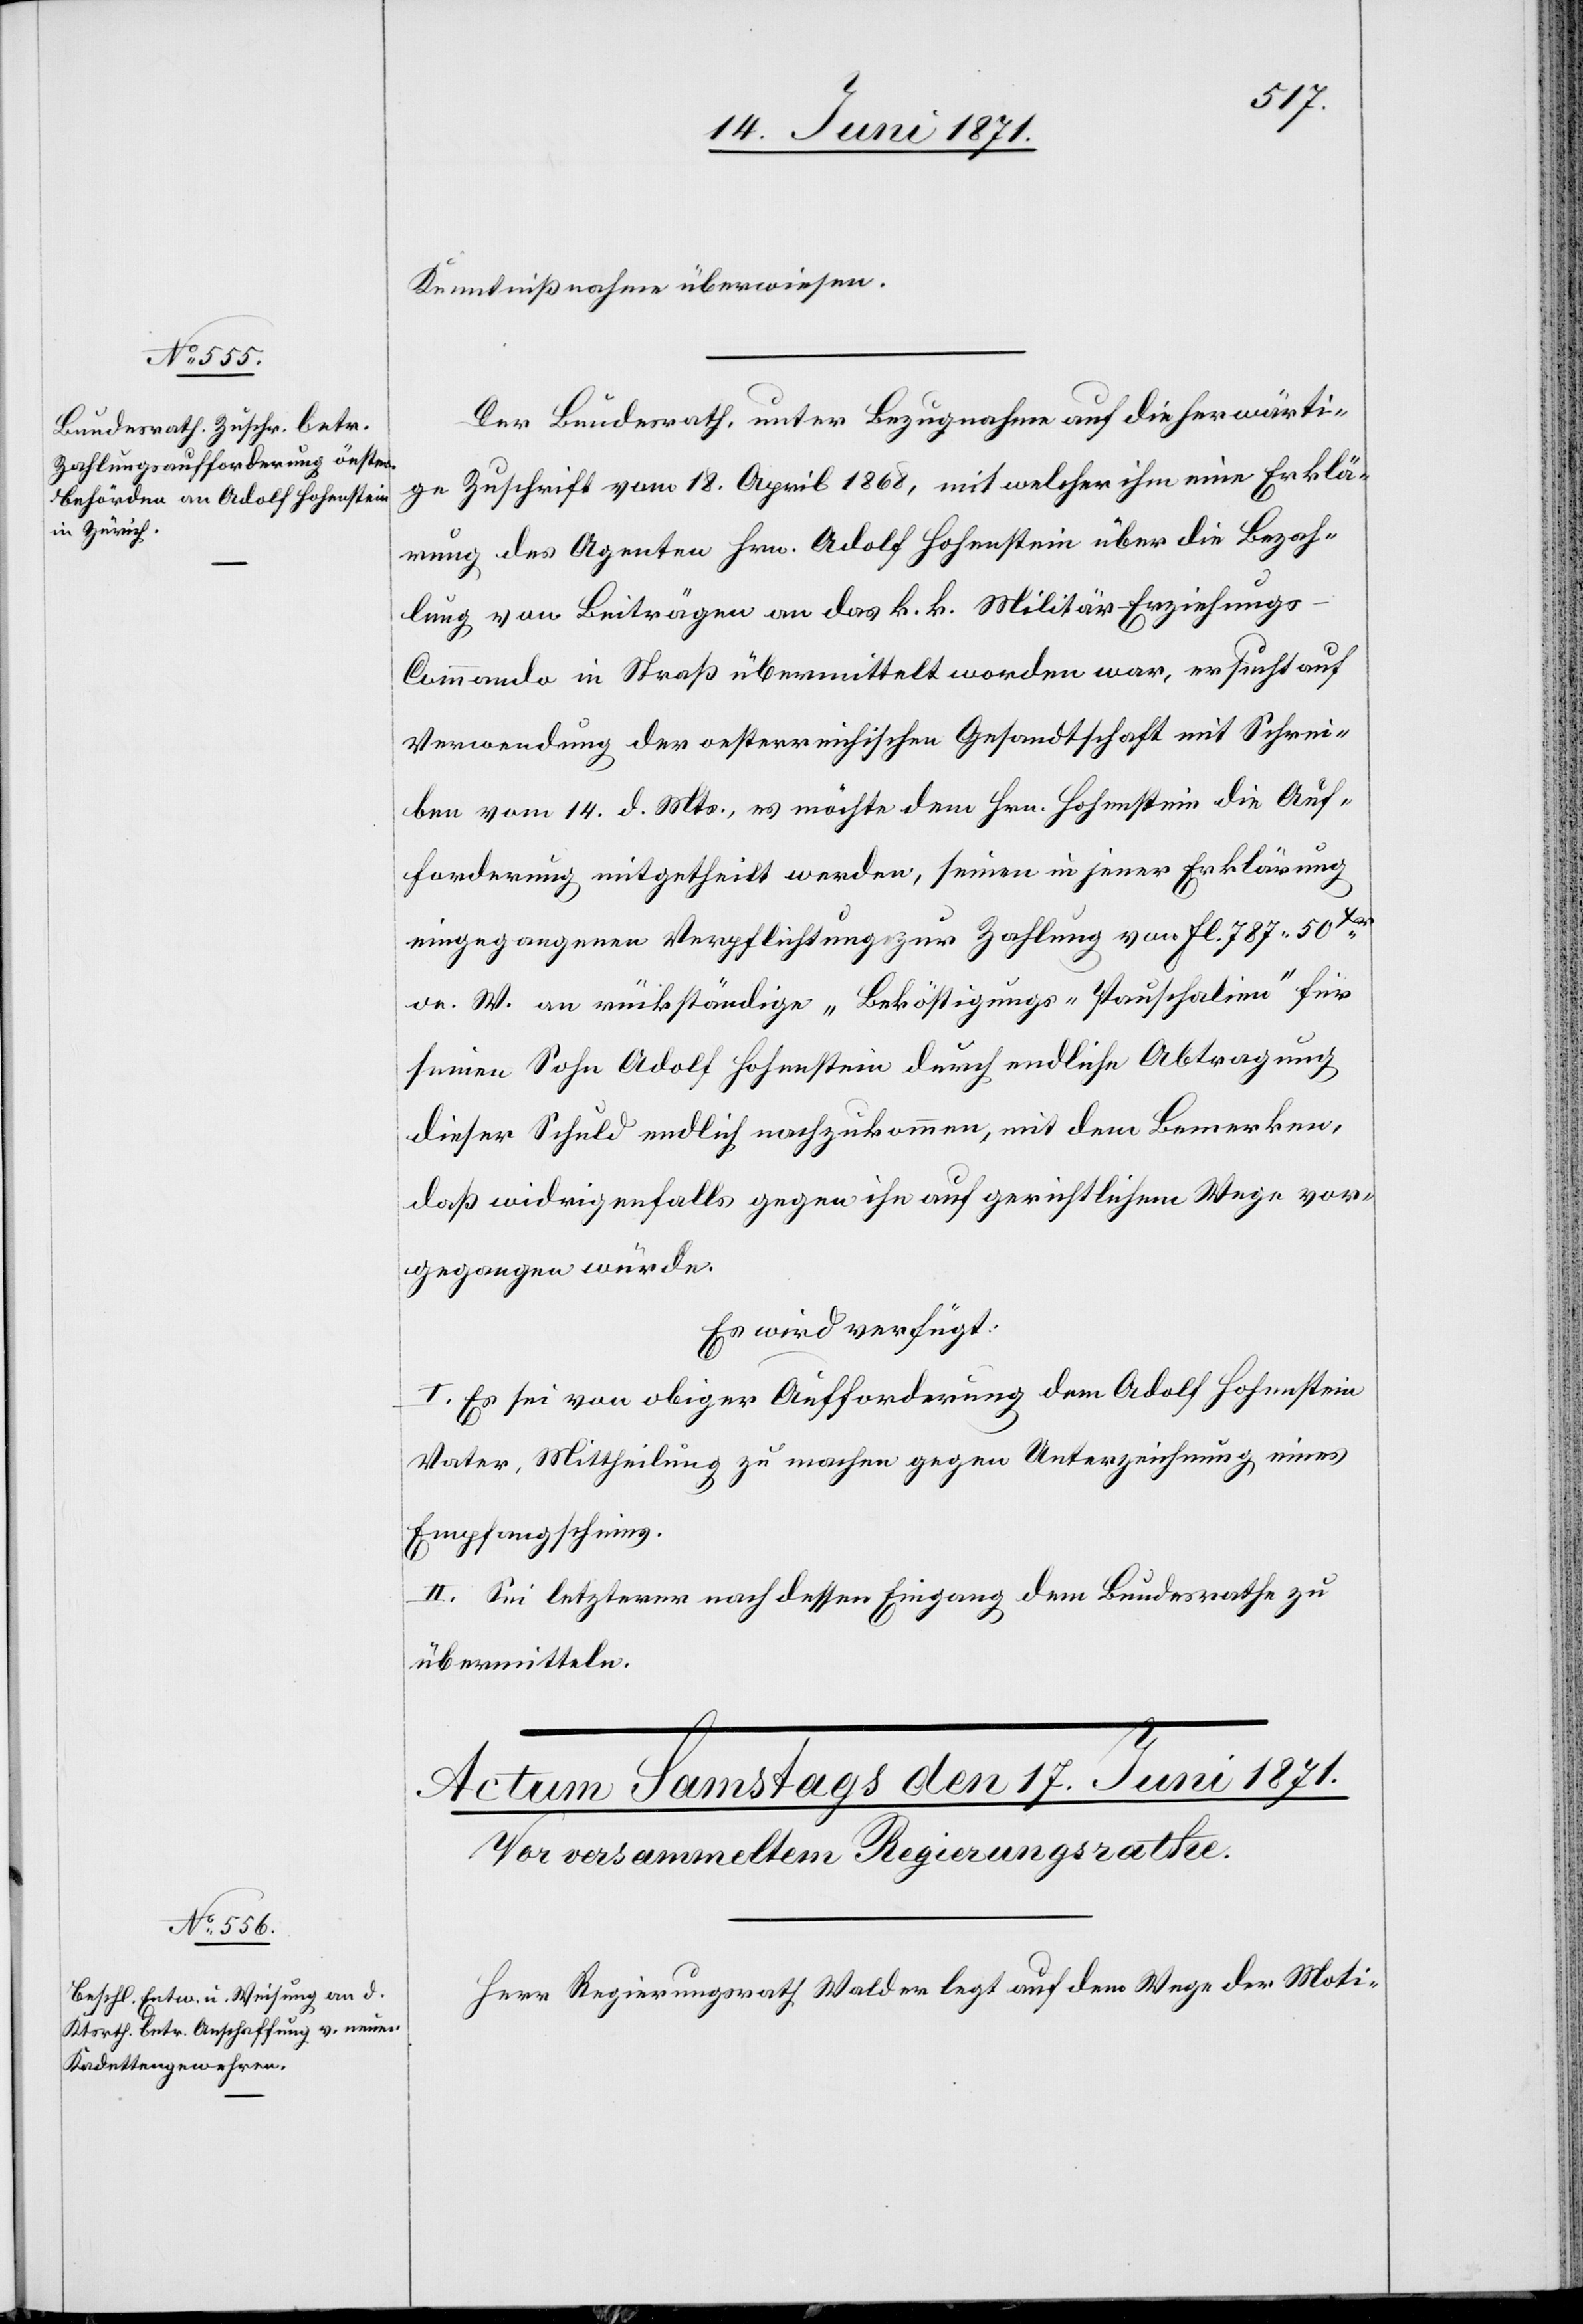
16. Juni 1871.]
Kenntnißnahme überwiesen.
Der Bundesrath, unter Bezugnahme auf die herwärti¬
ge Zuschrift vom 18. April 1868, mit welcher ihm eine Erklä¬
rung des Agenten Hrn. Adolf Hohenstein über die Bezah¬
lung von Beiträgen an das k. k. Militär Erziehungs-C¬
ommando in Straß übermittelt worden war, ersucht auf
Verwendung der oesterreichischen Gesandtschaft mit Schrei¬
ben vom 14. d. Mts., es möchte dem Hrn. Hohenstein die Auf¬
forderung mitgetheilt werden, seinen in jener Erklärung
eingegangenen Verpflichtung zur Zahlung von Fl. 787.50Xr
oe. W. an rückständige „Beköstigungs-Pauschalien“ für
seinen Sohn Adolf Hohenstein durch endliche Abtragung
dieser Schuld endlich nachzukommen, mit dem Bemerken,
daß widrigenfalls gegen ihn auf gerichtlichem Wege vor¬
gegangen würde.
Es wird verfügt:
I. Es sei von obiger Aufforderung dem Adolf Hohenstein
Vater, Mittheilung zu machen gegen Unterzeichnung eines
Empfangscheins.
II. Sei letzterer nach dessen Eingang dem Bundesrathe zu
übermitteln.
Herr Regierungsrath Walder legt auf dem Wege der Moti-